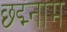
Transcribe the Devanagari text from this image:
छ्द्म्नाम